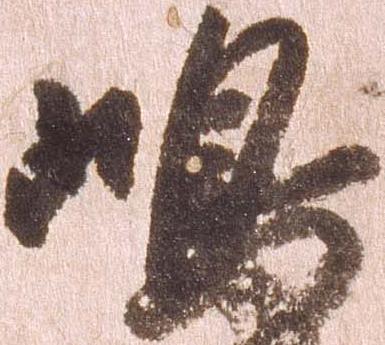
嶋